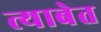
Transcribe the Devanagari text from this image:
त्याबेत